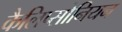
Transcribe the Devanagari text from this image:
कैलिप्सोनियन